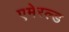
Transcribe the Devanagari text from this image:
एमेरल्ड